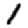
Digit: 1